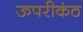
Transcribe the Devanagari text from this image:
ऊपरीकंठ